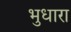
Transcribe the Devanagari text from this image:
भुधारा